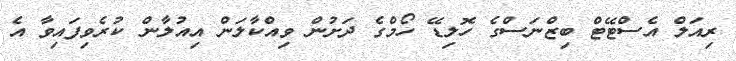
ރިއަލް އެސްޓޭޓް ބިޒްނަސްގެ ހޮލިޑޭ ހޯމްގެ ދަށުން ވިއްކާލަން އިއުލާން ކުރެވިފައިވާ އެ